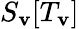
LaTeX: S_{\mathbf{v}}[T_{\mathbf{v}}]